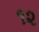
૧૨